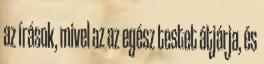
az írások, mivel az az egész testet átjárja, és